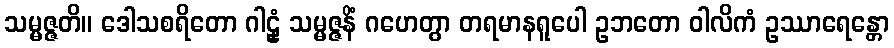
သမ္မဇ္ဇတိ။ ဒေါသစရိတော ဂါဠှံ သမ္မဇ္ဇနိံ ဂဟေတွာ တရမာနရူပေါ ဥဘတော ဝါလိကံ ဥဿာရေန္တော